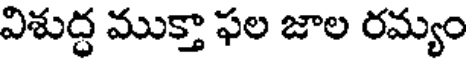
విశుద్ధ ముక్తా ఫల జాల రమ్యం